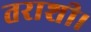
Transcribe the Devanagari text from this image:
तराशी।